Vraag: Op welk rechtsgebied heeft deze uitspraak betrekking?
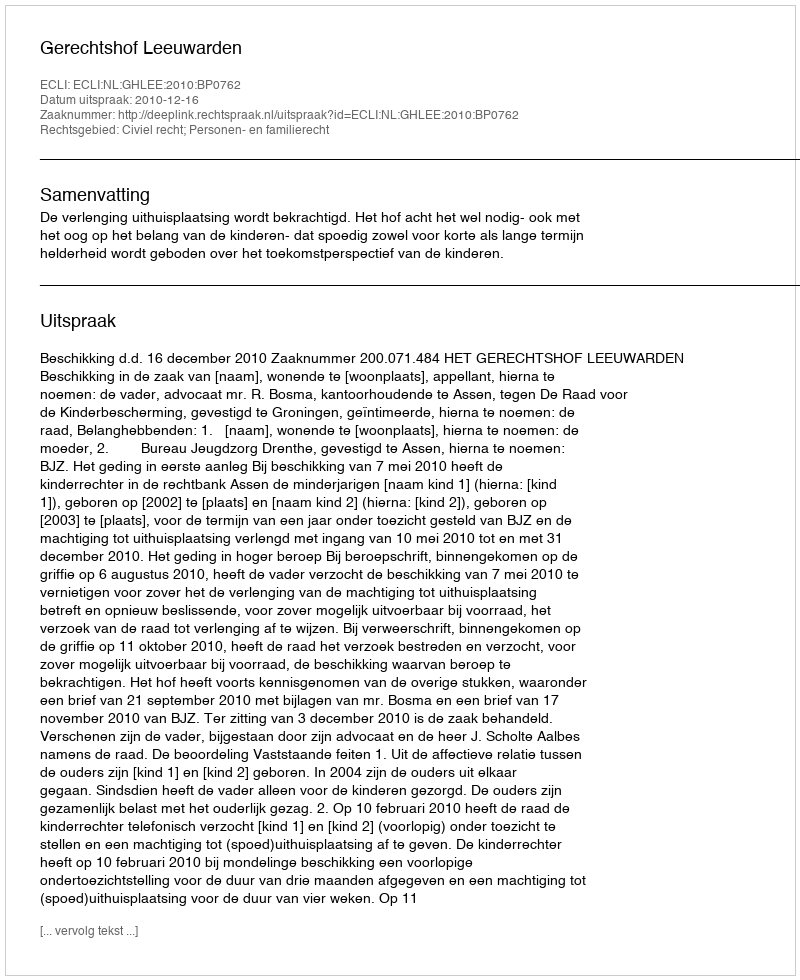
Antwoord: Civiel recht; Personen- en familierecht